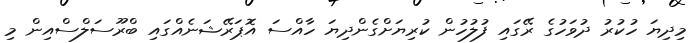
މިދިޔަ ހުކުރު ދުވަހުގެ ރޭގައި ފުލުހުން ކުރިޔަށްގެންދިޔަ ހާއްސަ އޮޕަރޭޝަނެއްގައި ބްރޫސަލްސްއިން މި